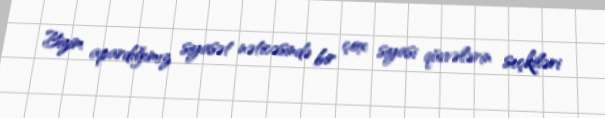
Bizim apardığımız siyasət nəticəsində bir çox siyasi qüvvələrin seçkiləri